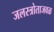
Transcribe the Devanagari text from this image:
जलस्त्रोताजवळ